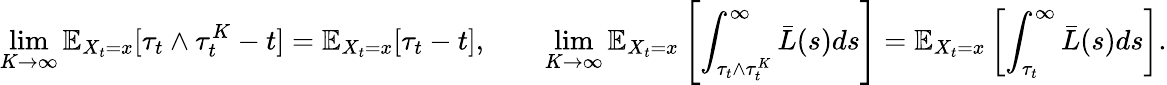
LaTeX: \operatorname*{lim}_{K\rightarrow\infty}\mathbb{E}_{X_{t}=x}[\tau_{t}\wedge\tau_{t}^{K}-t]=\mathbb{E}_{X_{t}=x}[\tau_{t}-t],\qquad\operatorname*{lim}_{K\rightarrow\infty}\mathbb{E}_{X_{t}=x}\left[\int_{\tau_{t}\wedge\tau_{t}^{K}}^{\infty}\bar{L}(s)ds\right]=\mathbb{E}_{X_{t}=x}\left[\int_{\tau_{t}}^{\infty}\bar{L}(s)ds\right].